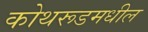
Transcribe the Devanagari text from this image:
कोथरूडमधील